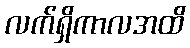
လက်ရှိကာလအထိ